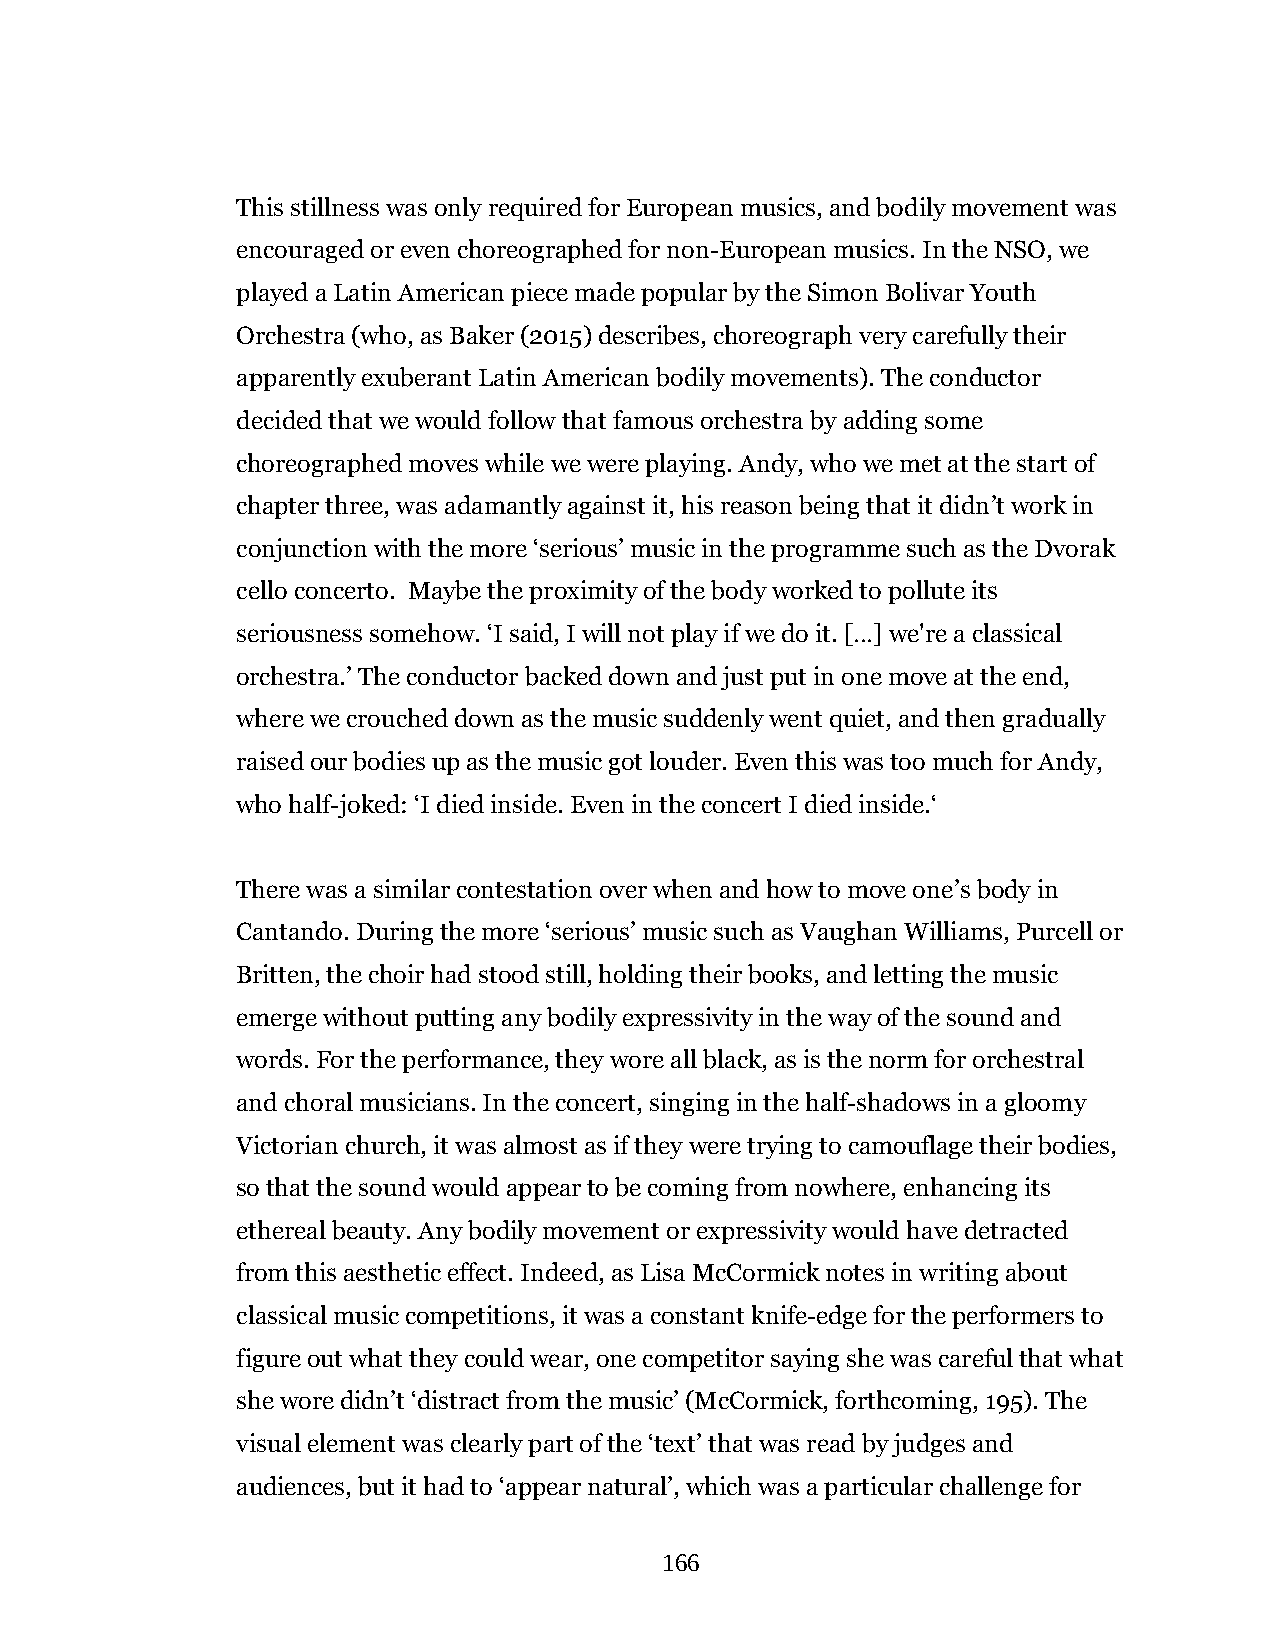
This stillness was only required for European musics, and bodily movement was
 encouraged or even choreographed for non-European musics. In the NSO, we
 played a Latin American piece made popular by the Simon Bolivar Youth
 Orchestra (who, as Baker (2015) describes, choreograph very carefully their
 apparently exuberant Latin American bodily movements). The conductor
 decided that we would follow that famous orchestra by adding some
 choreographed moves while we were playing. Andy, who we met at the start of
 chapter three, was adamantly against it, his reason being that it didn’t work in
 conjunction with the more ‘serious’ music in the programme such as the Dvorak
 cello concerto. Maybe the proximity of the body worked to pollute its
 seriousness somehow. ‘I said, I will not play if we do it. […] we're a classical
 orchestra.’ The conductor backed down and just put in one move at the end,
 where we crouched down as the music suddenly went quiet, and then gradually
 raised our bodies up as the music got louder. Even this was too much for Andy,
 who half-joked: ‘I died inside. Even in the concert I died inside.‘
 There was a similar contestation over when and how to move one’s body in
 Cantando. During the more ‘serious’ music such as Vaughan Williams, Purcell or
 Britten, the choir had stood still, holding their books, and letting the music
 emerge without putting any bodily expressivity in the way of the sound and
 words. For the performance, they wore all black, as is the norm for orchestral
 and choral musicians. In the concert, singing in the half-shadows in a gloomy
 Victorian church, it was almost as if they were trying to camouflage their bodies,
 so that the sound would appear to be coming from nowhere, enhancing its
 ethereal beauty. Any bodily movement or expressivity would have detracted
 from this aesthetic effect. Indeed, as Lisa McCormick notes in writing about
 classical music competitions, it was a constant knife-edge for the performers to
 figure out what they could wear, one competitor saying she was careful that what
 she wore didn’t ‘distract from the music’ (McCormick, forthcoming, 195). The
 visual element was clearly part of the ‘text’ that was read by judges and
 audiences, but it had to ‘appear natural’, which was a particular challenge for
 166